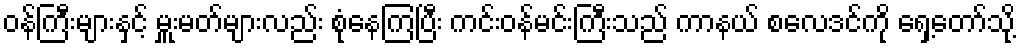
ဝန်ကြီးများနှင့် မှူးမတ်များလည်း စုံနေကြပြီး ကင်းဝန်မင်းကြီးသည် ကာနယ် စလေဒင်ကို ရှေ့တော်သို့